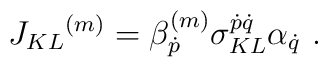
J_{KL}{}^{(m)} =  \beta^{(m)}_{ \dot p} \sigma ^{\dot p \dot q}_{KL}\alpha_{\dot q} \ .